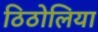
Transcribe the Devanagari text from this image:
ठिठोलिया